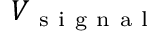
V _ { \mathrm { ~ s ~ i ~ g ~ n ~ a ~ l ~ } }